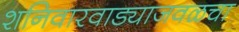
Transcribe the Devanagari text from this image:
शनिवारवाड्याजवळचा